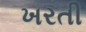
ખરતી